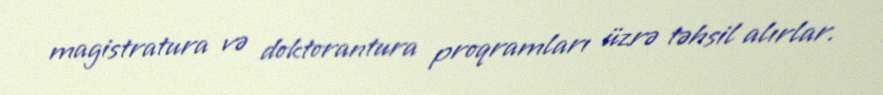
magistratura və doktorantura proqramları üzrə təhsil alırlar.